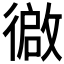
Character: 𫹢